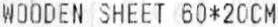
WOODEN SHEET 60*20CM